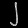
Digit: ၂